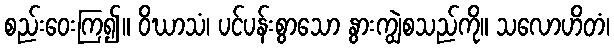
စည်းဝေးကြ၍။ ဝိဃာသံ၊ ပင်ပန်းစွာသော နွားကျွဲစသည်ကို။ သလောဟိတံ၊